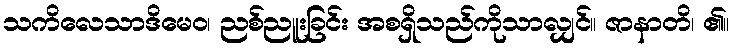
သကိလေသာဒိမေဝ၊ ညစ်ညူးခြင်း အစရှိသည်ကိုသာလျှင်။ ဇာနာတိ၊ ၏။